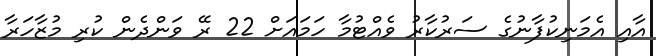
އާއި އެމަނިކުފާނުގެ ސަރުކާރު ވެއްޓުމާ ހަމައަށް 22 ރޭ ވަންދެން ކުރި މުޒާހަރާ